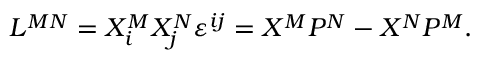
L ^ { M N } = X _ { i } ^ { M } X _ { j } ^ { N } \varepsilon ^ { i j } = X ^ { M } P ^ { N } - X ^ { N } P ^ { M } .